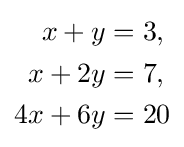
{\begin{aligned}x+y&=3,\\x+2y&=7,\\4x+6y&=20\end{aligned}}